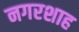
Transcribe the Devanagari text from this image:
नगरशाह